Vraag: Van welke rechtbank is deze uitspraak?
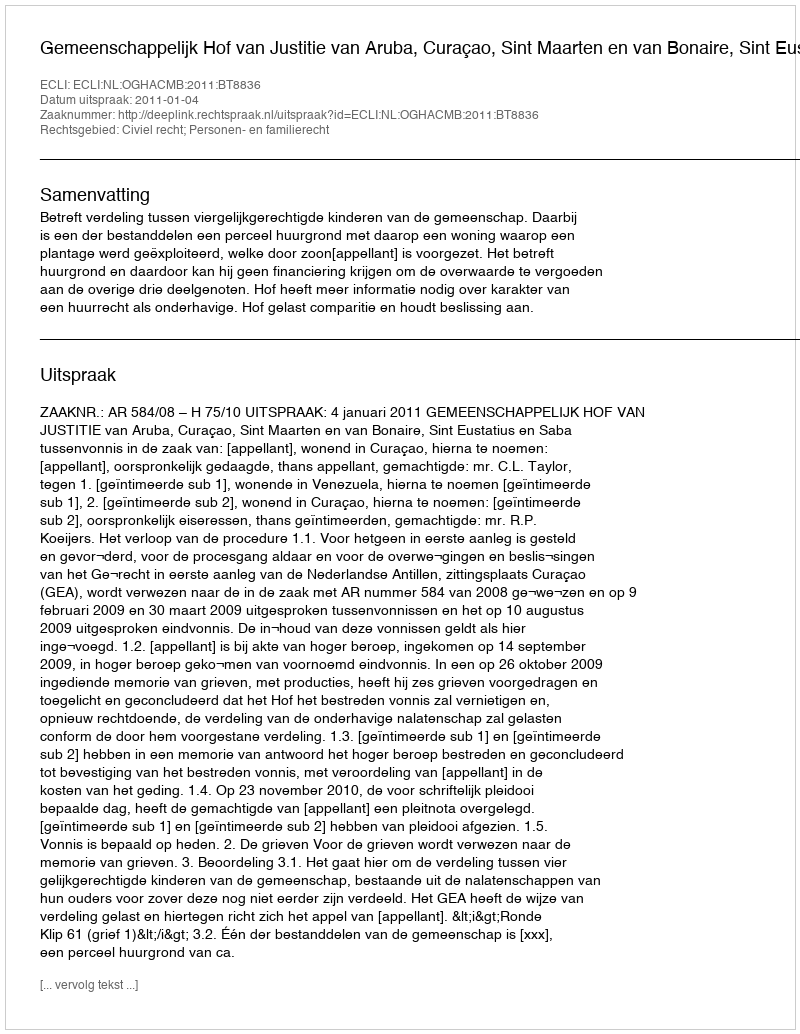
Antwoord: Gemeenschappelijk Hof van Justitie van Aruba, Curaçao, Sint Maarten en van Bonaire, Sint Eustatius en Saba